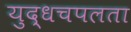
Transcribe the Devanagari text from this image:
युद्धचपलता